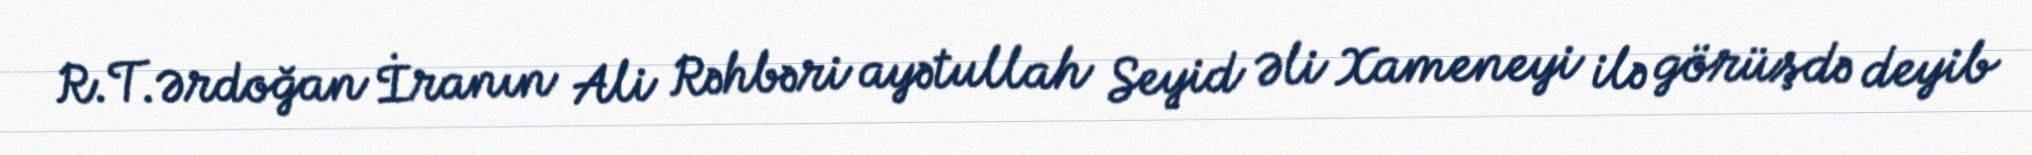
R.T.Ərdoğan İranın Ali Rəhbəri ayətullah Seyid Əli Xameneyi ilə görüşdə deyib